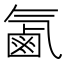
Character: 㲶